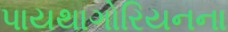
પાયથાગોરિયનના